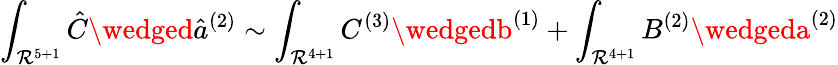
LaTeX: \int_{\mathcal{R}^{5+1}}{\hat{{C}}}\wedged{\hat{{a}}}^{(2)}\sim\int_{\mathcal{R}^{4+1}}C^{(3)}\wedgedb^{(1)}+\int_{\mathcal{R}^{4+1}}B^{(2)}\wedgeda^{(2)}